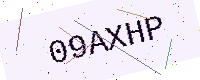
Text: 09AXHP